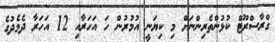
ގްރާސްރޫޓް ކުޅުންތެރިންނަށް މި ކިޔަނީ އުމުރުން ހަ އަހަރާއި 12 އަހަރާ ދެމެދުގެ